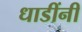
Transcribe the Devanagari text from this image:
धाडींनी